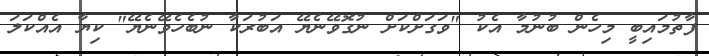
ފާތުމައިބީ މިހެން ބުނުމާ އެކު "ވަގަށްކަށް ނުގޮވޭނެޔޭ އަބުރަކާ ނުބެހެވޭނެޔޭ" ކިޔާ އެއްކަލަ